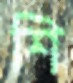
শি